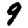
Digit: 9